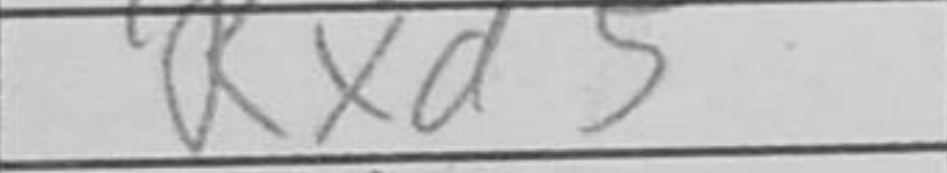
Transcription: Rxd5